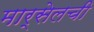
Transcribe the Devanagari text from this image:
मार्सेलची